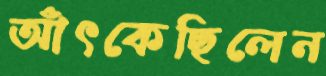
আঁৎকেছিলেন